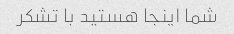
شما اینجا هستید با تشکر